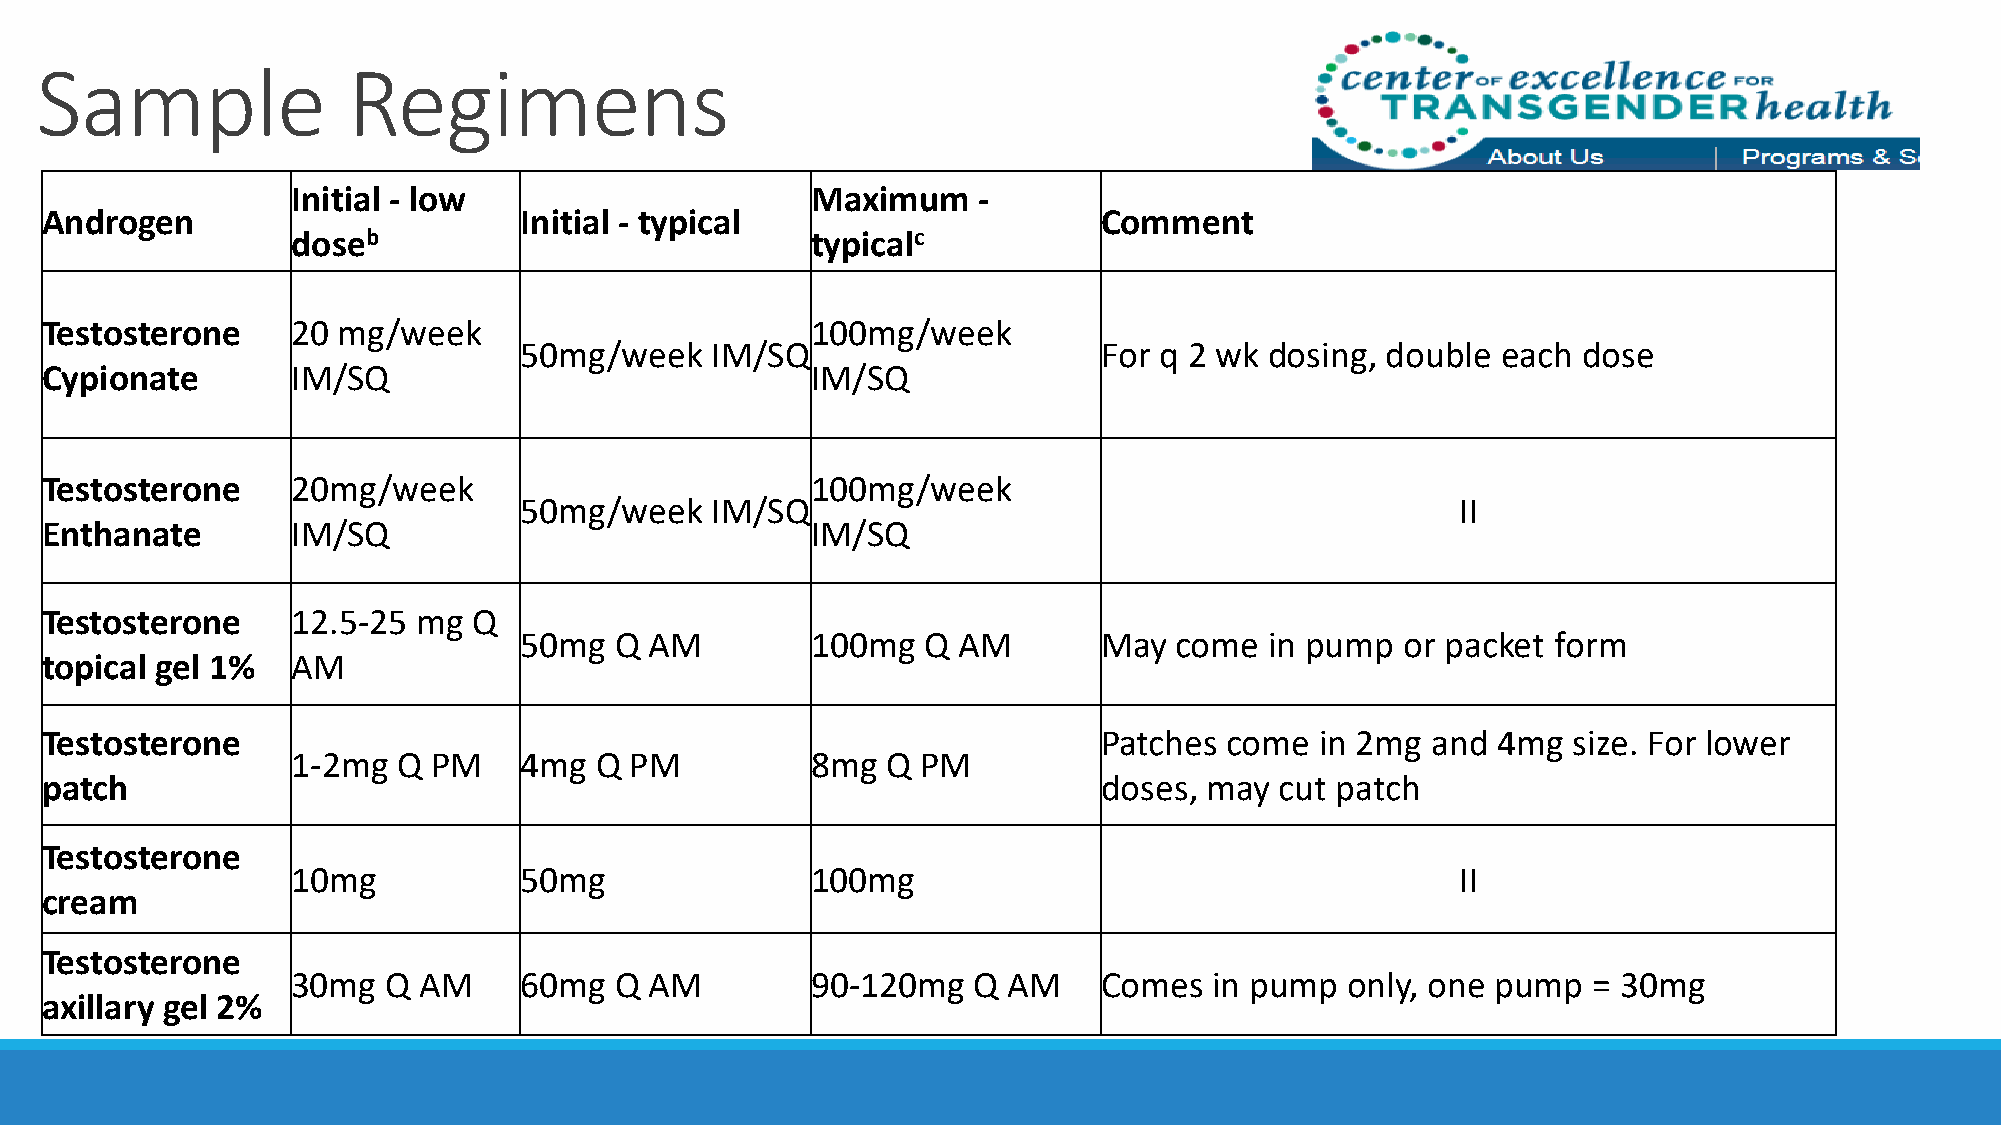
Sample               Regimens
 Initial - low                      Maximum    -
 Androgen                       Initial - typical                      Comment
 doseb                              typicalc
 Testosterone    20 mg/week                         100mg/week
 50mg/week    IM/SQ                     For q 2 wk dosing, double each  dose
 Cypionate       IM/SQ                              IM/SQ
 Testosterone    20mg/week                          100mg/week
 50mg/week    IM/SQ                                             II
 Enthanate       IM/SQ                              IM/SQ
 Testosterone    12.5-25  mg Q
 50mg   Q AM         100mg  Q AM        May  come  in pump  or packet form
 topical gel 1%  AM
 Testosterone                                                          Patches come  in 2mg  and 4mg  size. For lower
 1-2mg  Q  PM   4mg  Q  PM          8mg  Q PM
 patch                                                                 doses, may  cut patch
 Testosterone
 10mg           50mg                100mg                                      II
 cream
 Testosterone
 30mg   Q AM    60mg   Q AM         90-120mg  Q  AM    Comes  in pump  only, one pump  = 30mg
 axillary gel 2%